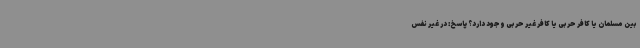
بین مسلمان یا کافر حربی یا کافر غیر حربی وجود دارد؟ پاسخ: در غیر نفس